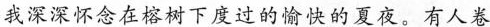
我深深怀念在榕树下度过的愉快的夏夜。有人卷